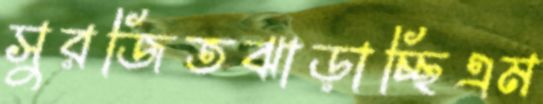
সুরজিতঝাড়াচ্ছিএম